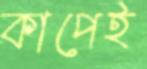
কাপেই